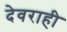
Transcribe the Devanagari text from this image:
देवराही